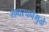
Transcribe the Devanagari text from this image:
शब्दरचनेमुळे